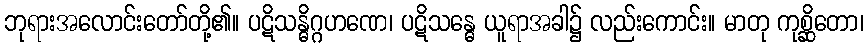
ဘုရားအလောင်းတော်တို့၏။ ပဋိသန္ဓိဂ္ဂဟဏေ၊ ပဋိသန္ဓေ ယူရာအခါ၌ လည်းကောင်း။ မာတု ကုစ္ဆိတော၊